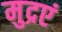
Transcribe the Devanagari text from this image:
मुद्रएं